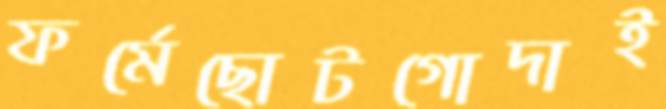
ফর্মেছোটগোদাই